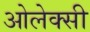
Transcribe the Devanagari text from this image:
ओलेक्सी